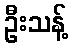
ဦးသန့်